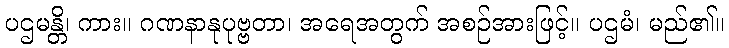
ပဌမန္တိ၊ ကား။ ဂဏနာနုပုဗ္ဗတာ၊ အရေအတွက် အစဉ်အားဖြင့်။ ပဌမံ၊ မည်၏။